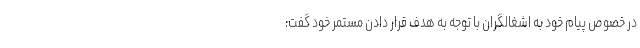
در خصوص پیام خود به اشغالگران با توجه به هدف قرار دادن مستمر خود گفت: